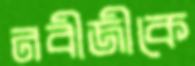
নবীজীকে